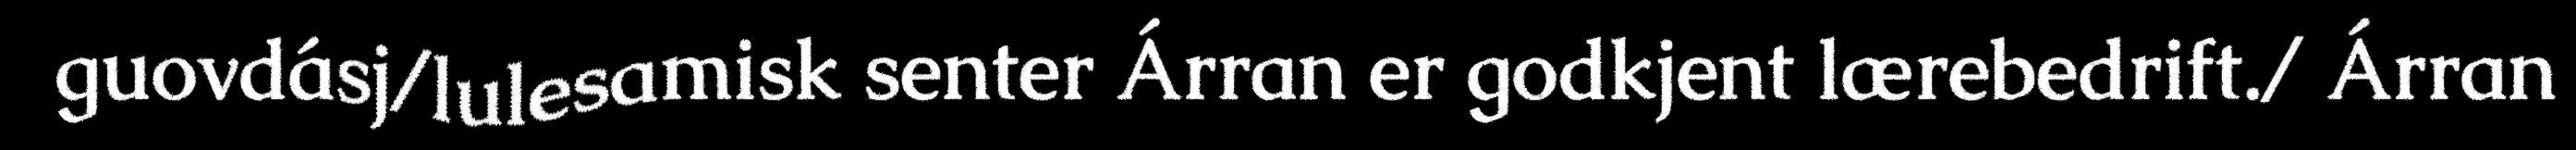
guovdásj/lulesamisk senter Árran er godkjent lærebedrift./ Árran